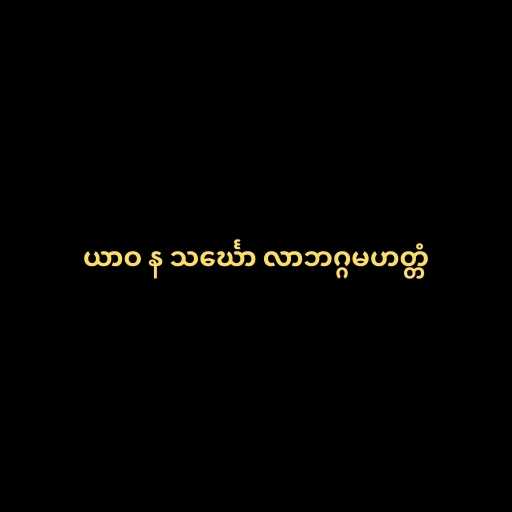
ယာဝ န သင်္ဃော လာဘဂ္ဂမဟတ္တံ